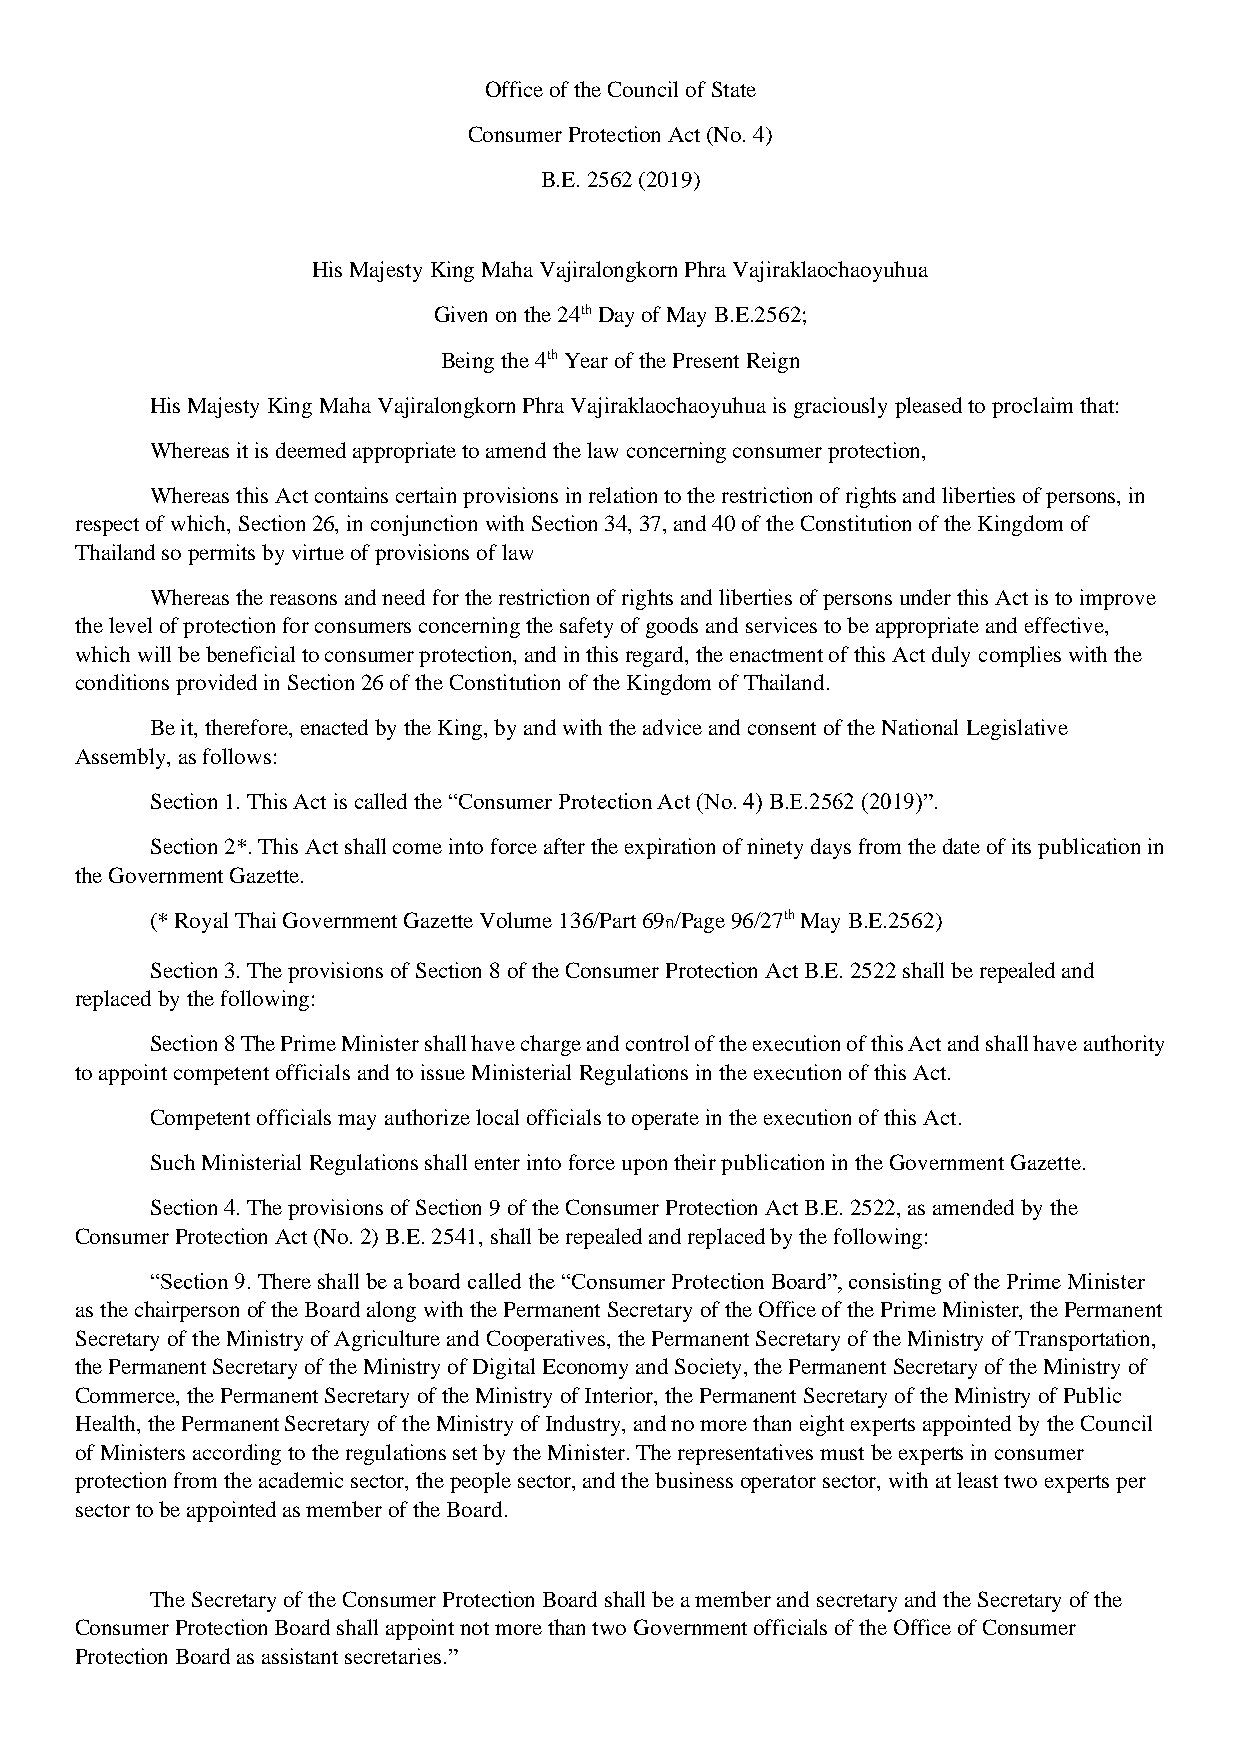
Office of the Council of State
 Consumer Protection Act (No. 4)
 B.E. 2562 (2019)
 His Majesty King Maha Vajiralongkorn Phra Vajiraklaochaoyuhua
 Given on the 24th Day of May B.E.2562;
 Being the 4th Year of the Present Reign
 His Majesty King Maha Vajiralongkorn Phra Vajiraklaochaoyuhua is graciously pleased to proclaim that:
 Whereas it is deemed appropriate to amend the law concerning consumer protection,
 Whereas this Act contains certain provisions in relation to the restriction of rights and liberties of persons, in
 respect of which, Section 26, in conjunction with Section 34, 37, and 40 of the Constitution of the Kingdom of
 Thailand so permits by virtue of provisions of law
 Whereas the reasons and need for the restriction of rights and liberties of persons under this Act is to improve
 the level of protection for consumers concerning the safety of goods and services to be appropriate and effective,
 which will be beneficial to consumer protection, and in this regard, the enactment of this Act duly complies with the
 conditions provided in Section 26 of the Constitution of the Kingdom of Thailand.
 Be it, therefore, enacted by the King, by and with the advice and consent of the National Legislative
 Assembly, as follows:
 Section 1. This Act is called the “Consumer Protection Act (No. 4) B.E.2562 (2019)”.
 Section 2*. This Act shall come into force after the expiration of ninety days from the date of its publication in
 the Government Gazette.
 (* Royal Thai Government Gazette Volume 136/Part 69ก/Page 96/27th May B.E.2562)
 Section 3. The provisions of Section 8 of the Consumer Protection Act B.E. 2522 shall be repealed and
 replaced by the following:
 Section 8 The Prime Minister shall have charge and control of the execution of this Act and shall have authority
 to appoint competent officials and to issue Ministerial Regulations in the execution of this Act.
 Competent officials may authorize local officials to operate in the execution of this Act.
 Such Ministerial Regulations shall enter into force upon their publication in the Government Gazette.
 Section 4. The provisions of Section 9 of the Consumer Protection Act B.E. 2522, as amended by the
 Consumer Protection Act (No. 2) B.E. 2541, shall be repealed and replaced by the following:
 “Section 9. There shall be a board called the “Consumer Protection Board”, consisting of the Prime Minister
 as the chairperson of the Board along with the Permanent Secretary of the Office of the Prime Minister, the Permanent
 Secretary of the Ministry of Agriculture and Cooperatives, the Permanent Secretary of the Ministry of Transportation,
 the Permanent Secretary of the Ministry of Digital Economy and Society, the Permanent Secretary of the Ministry of
 Commerce, the Permanent Secretary of the Ministry of Interior, the Permanent Secretary of the Ministry of Public
 Health, the Permanent Secretary of the Ministry of Industry, and no more than eight experts appointed by the Council
 of Ministers according to the regulations set by the Minister. The representatives must be experts in consumer
 protection from the academic sector, the people sector, and the business operator sector, with at least two experts per
 sector to be appointed as member of the Board.
 The Secretary of the Consumer Protection Board shall be a member and secretary and the Secretary of the
 Consumer Protection Board shall appoint not more than two Government officials of the Office of Consumer
 Protection Board as assistant secretaries.”